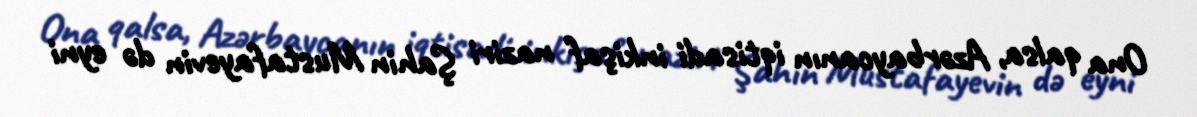
Ona qalsa, Azərbaycanın iqtisadi inkişaf naziri Şahin Mustafayevin də eyni